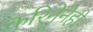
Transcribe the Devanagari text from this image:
करिनेनेही